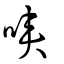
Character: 唊